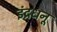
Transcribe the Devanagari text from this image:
इंद्रधनू